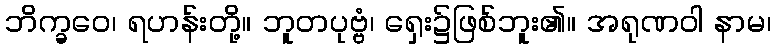
ဘိက္ခဝေ၊ ရဟန်းတို့။ ဘူတပုဗ္ဗံ၊ ရှေး၌ဖြစ်ဘူး၏။ အရုဏဝါ နာမ၊